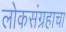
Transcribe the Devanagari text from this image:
लोकसंग्रहाचा